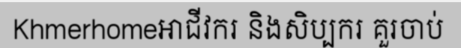
Khmerhomeអាជីវករ និងសិប្បករ គួរចាប់